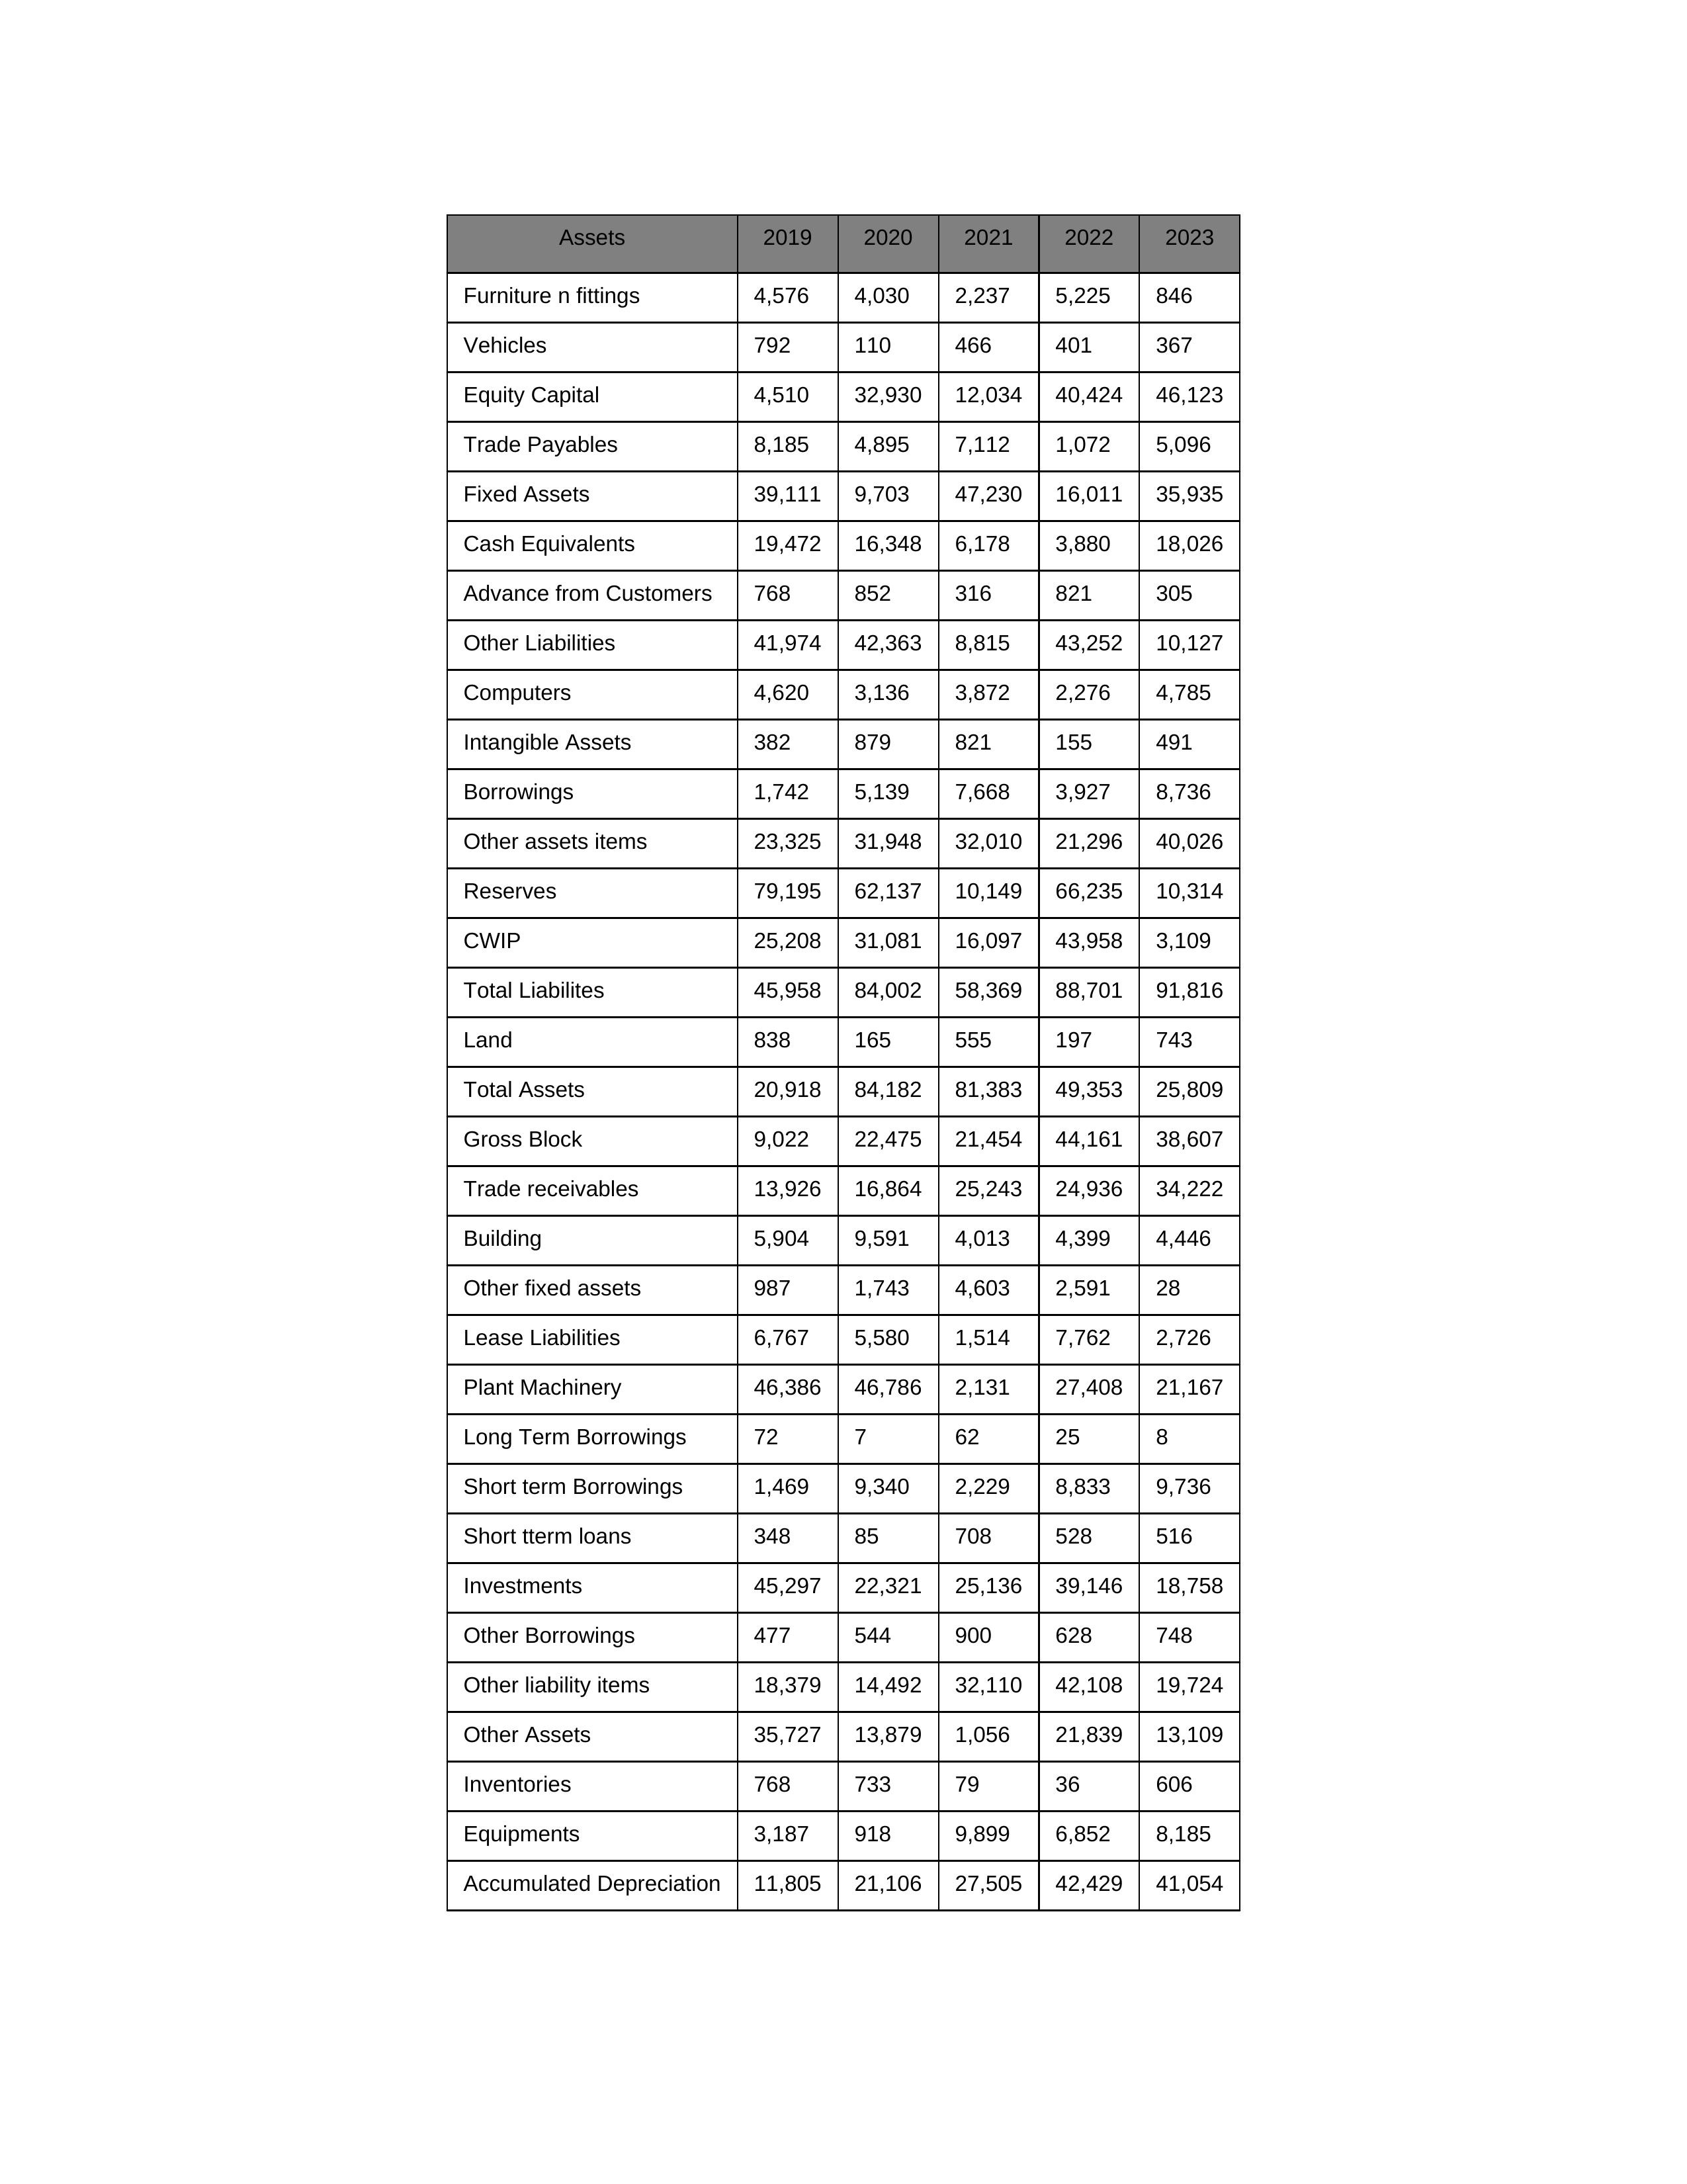
gt_parse: 2019: Equity Capital: 4,510
Reserves: 79,195
Borrowings: 1,742
Long Term Borrowings: 72
Short term Borrowings: 1,469
Lease Liabilities: 6,767
Other Borrowings: 477
Other Liabilities: 41,974
Trade Payables: 8,185
Advance from Customers: 768
Other liability items: 18,379
Total Liabilites: 45,958
Fixed Assets: 39,111
Land: 838
Building: 5,904
Plant Machinery: 46,386
Equipments: 3,187
Computers: 4,620
Furniture n fittings: 4,576
Vehicles: 792
Intangible Assets: 382
Other fixed assets: 987
Gross Block: 9,022
Accumulated Depreciation: 11,805
CWIP: 25,208
Investments: 45,297
Other Assets: 35,727
Inventories: 768
Trade receivables: 13,926
Cash Equivalents: 19,472
Short tterm loans: 348
Other assets items: 23,325
Total Assets: 20,918
2020: Equity Capital: 32,930
Reserves: 62,137
Borrowings: 5,139
Long Term Borrowings: 7
Short term Borrowings: 9,340
Lease Liabilities: 5,580
Other Borrowings: 544
Other Liabilities: 42,363
Trade Payables: 4,895
Advance from Customers: 852
Other liability items: 14,492
Total Liabilites: 84,002
Fixed Assets: 9,703
Land: 165
Building: 9,591
Plant Machinery: 46,786
Equipments: 918
Computers: 3,136
Furniture n fittings: 4,030
Vehicles: 110
Intangible Assets: 879
Other fixed assets: 1,743
Gross Block: 22,475
Accumulated Depreciation: 21,106
CWIP: 31,081
Investments: 22,321
Other Assets: 13,879
Inventories: 733
Trade receivables: 16,864
Cash Equivalents: 16,348
Short tterm loans: 85
Other assets items: 31,948
Total Assets: 84,182
2021: Equity Capital: 12,034
Reserves: 10,149
Borrowings: 7,668
Long Term Borrowings: 62
Short term Borrowings: 2,229
Lease Liabilities: 1,514
Other Borrowings: 900
Other Liabilities: 8,815
Trade Payables: 7,112
Advance from Customers: 316
Other liability items: 32,110
Total Liabilites: 58,369
Fixed Assets: 47,230
Land: 555
Building: 4,013
Plant Machinery: 2,131
Equipments: 9,899
Computers: 3,872
Furniture n fittings: 2,237
Vehicles: 466
Intangible Assets: 821
Other fixed assets: 4,603
Gross Block: 21,454
Accumulated Depreciation: 27,505
CWIP: 16,097
Investments: 25,136
Other Assets: 1,056
Inventories: 79
Trade receivables: 25,243
Cash Equivalents: 6,178
Short tterm loans: 708
Other assets items: 32,010
Total Assets: 81,383
2022: Equity Capital: 40,424
Reserves: 66,235
Borrowings: 3,927
Long Term Borrowings: 25
Short term Borrowings: 8,833
Lease Liabilities: 7,762
Other Borrowings: 628
Other Liabilities: 43,252
Trade Payables: 1,072
Advance from Customers: 821
Other liability items: 42,108
Total Liabilites: 88,701
Fixed Assets: 16,011
Land: 197
Building: 4,399
Plant Machinery: 27,408
Equipments: 6,852
Computers: 2,276
Furniture n fittings: 5,225
Vehicles: 401
Intangible Assets: 155
Other fixed assets: 2,591
Gross Block: 44,161
Accumulated Depreciation: 42,429
CWIP: 43,958
Investments: 39,146
Other Assets: 21,839
Inventories: 36
Trade receivables: 24,936
Cash Equivalents: 3,880
Short tterm loans: 528
Other assets items: 21,296
Total Assets: 49,353
2023: Equity Capital: 46,123
Reserves: 10,314
Borrowings: 8,736
Long Term Borrowings: 8
Short term Borrowings: 9,736
Lease Liabilities: 2,726
Other Borrowings: 748
Other Liabilities: 10,127
Trade Payables: 5,096
Advance from Customers: 305
Other liability items: 19,724
Total Liabilites: 91,816
Fixed Assets: 35,935
Land: 743
Building: 4,446
Plant Machinery: 21,167
Equipments: 8,185
Computers: 4,785
Furniture n fittings: 846
Vehicles: 367
Intangible Assets: 491
Other fixed assets: 28
Gross Block: 38,607
Accumulated Depreciation: 41,054
CWIP: 3,109
Investments: 18,758
Other Assets: 13,109
Inventories: 606
Trade receivables: 34,222
Cash Equivalents: 18,026
Short tterm loans: 516
Other assets items: 40,026
Total Assets: 25,809